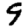
Digit: 9